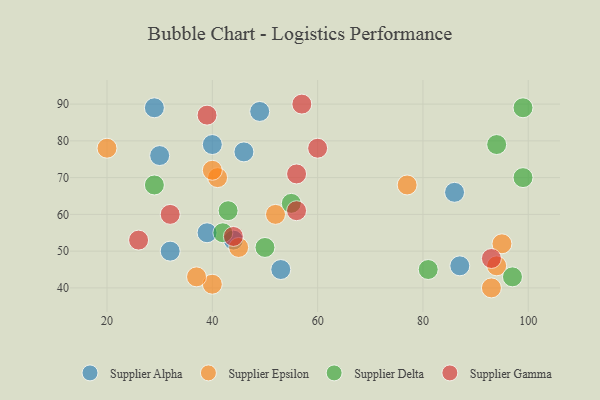
{"axis": {"x": "GDP", "y": "Life Expectancy"}, "legend": ["Supplier Alpha", "Supplier Delta", "Supplier Epsilon", "Supplier Gamma"], "data": [{"x": "30", "y": 76, "type": "Supplier Alpha"}, {"x": "46", "y": 77, "type": "Supplier Alpha"}, {"x": "44", "y": 53, "type": "Supplier Alpha"}, {"x": "86", "y": 66, "type": "Supplier Alpha"}, {"x": "49", "y": 88, "type": "Supplier Alpha"}, {"x": "53", "y": 45, "type": "Supplier Alpha"}, {"x": "29", "y": 89, "type": "Supplier Alpha"}, {"x": "39", "y": 55, "type": "Supplier Alpha"}, {"x": "40", "y": 79, "type": "Supplier Alpha"}, {"x": "32", "y": 50, "type": "Supplier Alpha"}, {"x": "87", "y": 46, "type": "Supplier Alpha"}, {"x": "41", "y": 70, "type": "Supplier Epsilon"}, {"x": "95", "y": 52, "type": "Supplier Epsilon"}, {"x": "45", "y": 51, "type": "Supplier Epsilon"}, {"x": "40", "y": 41, "type": "Supplier Epsilon"}, {"x": "93", "y": 40, "type": "Supplier Epsilon"}, {"x": "77", "y": 68, "type": "Supplier Epsilon"}, {"x": "40", "y": 72, "type": "Supplier Epsilon"}, {"x": "94", "y": 46, "type": "Supplier Epsilon"}, {"x": "52", "y": 60, "type": "Supplier Epsilon"}, {"x": "37", "y": 43, "type": "Supplier Epsilon"}, {"x": "20", "y": 78, "type": "Supplier Epsilon"}, {"x": "81", "y": 45, "type": "Supplier Delta"}, {"x": "99", "y": 70, "type": "Supplier Delta"}, {"x": "43", "y": 61, "type": "Supplier Delta"}, {"x": "55", "y": 63, "type": "Supplier Delta"}, {"x": "50", "y": 51, "type": "Supplier Delta"}, {"x": "97", "y": 43, "type": "Supplier Delta"}, {"x": "94", "y": 79, "type": "Supplier Delta"}, {"x": "99", "y": 89, "type": "Supplier Delta"}, {"x": "42", "y": 55, "type": "Supplier Delta"}, {"x": "29", "y": 68, "type": "Supplier Delta"}, {"x": "56", "y": 61, "type": "Supplier Gamma"}, {"x": "93", "y": 48, "type": "Supplier Gamma"}, {"x": "39", "y": 87, "type": "Supplier Gamma"}, {"x": "56", "y": 71, "type": "Supplier Gamma"}, {"x": "26", "y": 53, "type": "Supplier Gamma"}, {"x": "32", "y": 60, "type": "Supplier Gamma"}, {"x": "60", "y": 78, "type": "Supplier Gamma"}, {"x": "44", "y": 54, "type": "Supplier Gamma"}, {"x": "57", "y": 90, "type": "Supplier Gamma"}]}